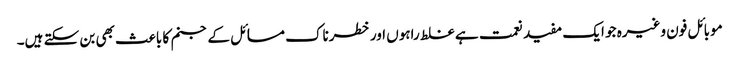
موبائل فون وغیرہ جو ایک مفید نعمت ہے غلط راہوں اور خطرناک مسائل کے جنم کا باعث بھی بن سکتے ہیں۔